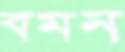
বমন